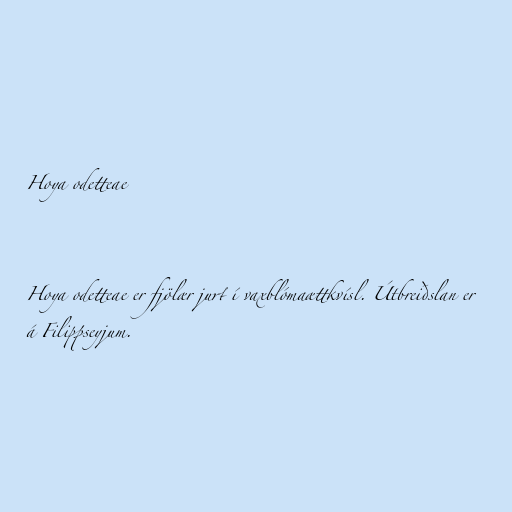
Hoya odetteae

Hoya odetteae er fjölær jurt í vaxblómaættkvísl. Útbreiðslan er
á Filippseyjum.